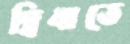
দ্বিধাতে